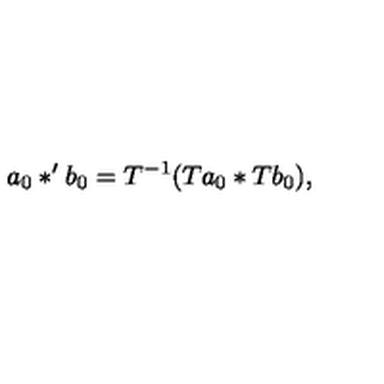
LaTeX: a _ { 0 } * ^ { \prime } b _ { 0 } = T ^ { - 1 } ( T a _ { 0 } * T b _ { 0 } ) ,